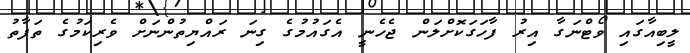
ލީބިއާގައި ވޯޓްނަގާ އިރު ފާހަގަކޮށްލަން ޖެހެނީ އެގައުމުގެ ގިނަ ރައްޔިތުންނަށް ވެރިކަމުގެ ތަފާތު